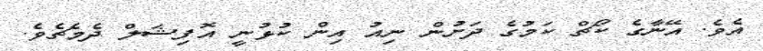
އެވެ. އޭނާގެ ކޯޗް ކަމުގެ ދަށުން ނިިއު އިން ކުޅުނީ އޮފިޝަލް ދެމެޗެވެ.